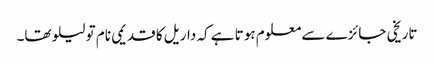
تاریخی جائزے سے معلوم ہوتا ہے کہ داریل کا قدیمی نام تو لیلو تھا۔